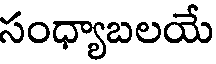
సంధ్యాబలయే